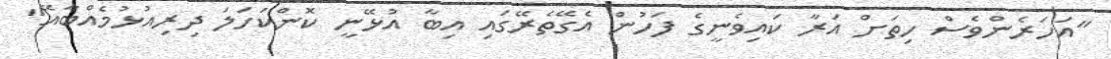
"އަހަރެންވެސް ހިތަށް އަރާ ކައިވެނީގެ ފަހުން އެގޭތެރޭގައި އިބާ އުޅޭނީ ކޮންކަހަލަ ދިރިއުޅުމެއްބާއޭ"